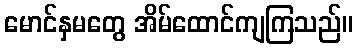
မောင်နှမတွေ အိမ်ထောင်ကျကြသည်။